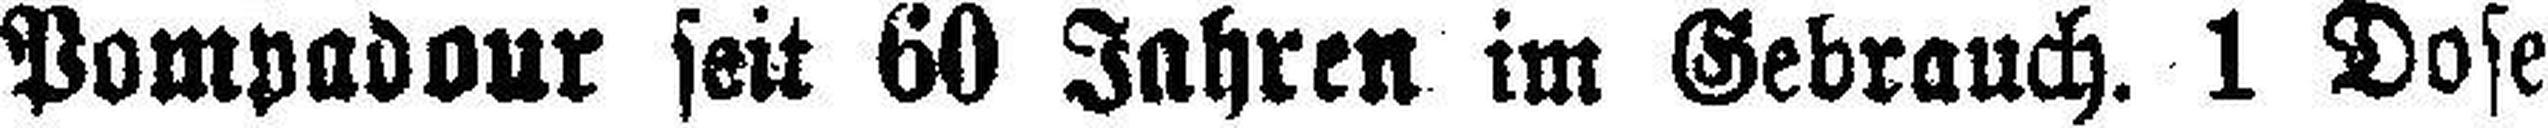
Pompadour seit 60 Jahren im Gebrauch. 1 Dose